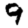
Digit: 9